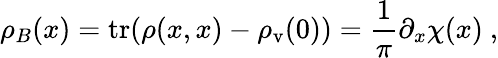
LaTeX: \rho_{B}(x)=\mathrm{tr}(\rho(x,x)-\rho_{\mathrm{v}}(0))=\frac{1}{\pi}\partial_{x}\chi(x)\ ,